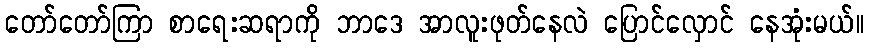
တော်တော်ကြာ စာရေးဆရာကို ဘာဒေ အာလူးဖုတ်နေလဲ ပြောင်လှောင် နေအုံးမယ်။